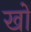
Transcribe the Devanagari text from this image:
खों